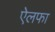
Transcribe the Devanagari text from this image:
ऐलफा